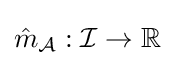
{\hat {m}}_{\mathcal {A}}:{\mathcal {I}}\to \mathbb {R}